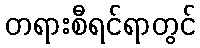
တရားစီရင်ရာတွင်